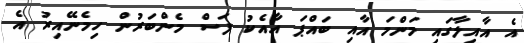
އެ އާއިލާގައި މަންމަ އާއި ބައްޕަ އާއެކު ފަސް މެންބަރުން ހިމެނޭއިރު އެ